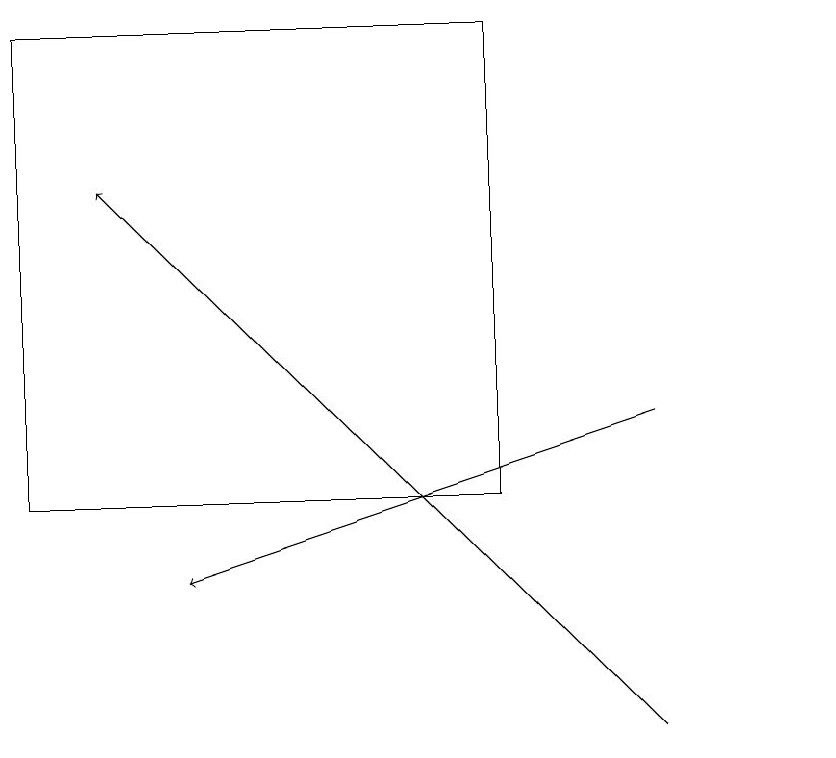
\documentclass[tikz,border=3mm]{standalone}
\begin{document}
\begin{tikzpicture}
\draw (10,10) circle (0);
\draw[->] (8,10) -- (1,17);
\draw (6,19) rectangle (0,13);
\draw[->] (8,14) -- (2,12);
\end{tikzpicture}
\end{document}